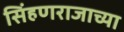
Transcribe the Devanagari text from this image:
सिंहणराजाच्या